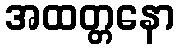
အထတ္တနော